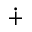
\dotplus